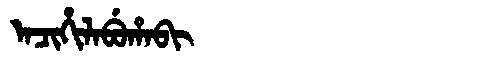
Manchu: ᠠᠴᡳᡥᡳᠯᠠᠪᡠᡥᠠᠪᡳ
Romanization: ACIHILABUHABI